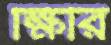
ক্ষিরি